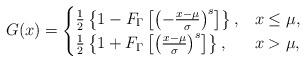
LaTeX: \begin{align*}G(x)=\begin{cases}\frac{1}{2}\left\{1 - F_\Gamma\left[\left(-\frac{x-\mu}{\sigma}\right)^s\right]\right\},&x\leq\mu, \\\frac{1}{2}\left\{1 + F_\Gamma\left[\left(\frac{x-\mu}{\sigma}\right)^s\right]\right\},&x>\mu,\end{cases}\end{align*}